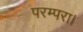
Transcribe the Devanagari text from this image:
परम्परा।